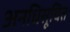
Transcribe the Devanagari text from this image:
अनधिसूचित